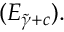
( E _ { \widetilde { \gamma } + c } ) .